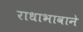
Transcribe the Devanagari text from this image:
राधाभावाने